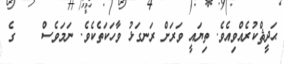
ޙަދީޘްކުރެއްވިއެވެ. ތިޔައީ ވަރަށް ރަނގަޅު ވާހަކަތެކެވެ. ނަމަވެސް    ގެ